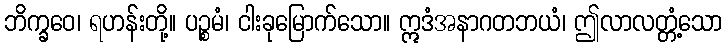
ဘိက္ခဝေ၊ ရဟန်းတို့။ ပဉ္စမံ၊ ငါးခုမြောက်သော။ ဣဒံအနာဂတဘယံ၊ ဤလာလတ္တံ့သော